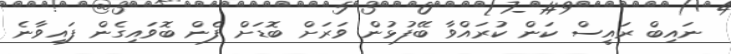
ނައިބް ރައީސް ކަން ކުރައްވާ ބޭފުޅުން ވަރަށް ބޮޑަށް ފެން ބޮވައިގެން ފައިވާނެ